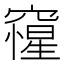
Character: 𥨕